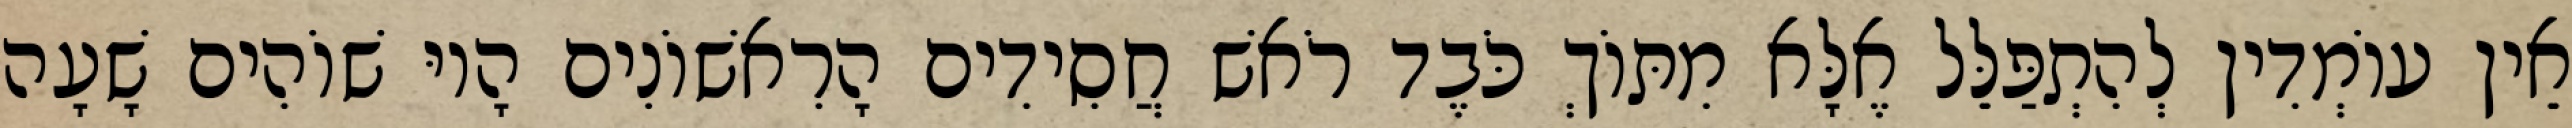
אֵין עוֹמְדִין לְהִתְפַּלֵּל אֶלָּא מִתּוֹךְ כֹּבֶד רֹאשׁ חֲסִידִים הָרִאשׁוֹנִים הָיוּ שׁוֹהִים שָׁעָה